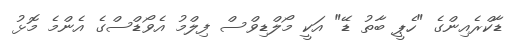
ޑާކްރެއިންގެ "ހެޕީ ބާތު ޑޭ" އަކީ މޯލްޑިވްސް ފިލްމު އެވޯޑްސްގެ އެންމެ މޮޅު